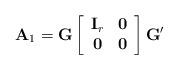
LaTeX: \begin{align*}{\bf A}_1 = {\bf G} \left[\begin{array}{cc}{\bf I}_r& {\bf 0}\\{\bf 0}& {\bf 0}\end{array}\right]{\bf G}'\end{align*}